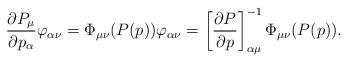
LaTeX: \begin{gather*}\frac{\partial P_\mu}{\partial p_\alpha}\varphi_{\alpha\nu}=\Phi_{\mu\nu}(P(p)) \varphi_{\alpha\nu}=\left[\frac{\partial P}{\partial p}\right]_{\alpha\mu}^{-1} \Phi_{\mu\nu}(P(p)).\end{gather*}